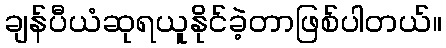
ချန်ပီယံဆုရယူနိုင်ခဲ့တာဖြစ်ပါတယ်။